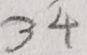
3 4